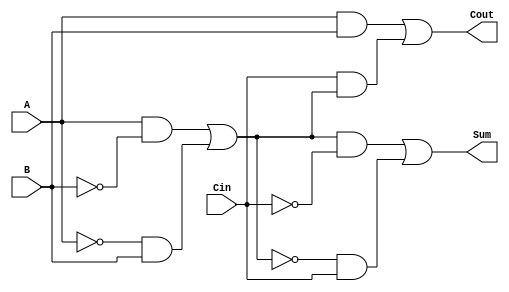
module TransmissionGateFullAdder (
    input wire A,      // First input bit
    input wire B,      // Second input bit
    input wire Cin,    // Carry-in bit
    output wire Sum,   // Sum output
    output wire Cout   // Carry-out output
);

// Intermediate signals
wire AxorB;         // Intermediate XOR result of A and B
wire A_and_B;       // AND result of A and B
wire Cin_and_AxorB; // AND result of Cin and (A XOR B)

// Transmission Gate for A XOR B
assign AxorB = (A & ~B) | (~A & B); // A XOR B using transmission gates

// Transmission Gate for Sum = A XOR B XOR Cin
assign Sum = (AxorB & ~Cin) | (~AxorB & Cin); // Sum using transmission gates

// Transmission Gate for A AND B
assign A_and_B = A & B; // A AND B using transmission gates

// Transmission Gate for Cin AND (A XOR B)
assign Cin_and_AxorB = Cin & AxorB; // Cin AND (A XOR B) using transmission gates

// Final Cout = (A AND B) OR (Cin AND (A XOR B))
assign Cout = A_and_B | Cin_and_AxorB; // Cout using transmission gates

endmodule